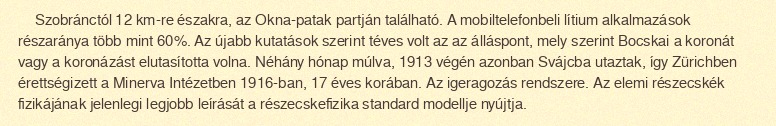
Szobránctól 12 km-re északra, az Okna-patak partján található. A mobiltelefonbeli lítium alkalmazások részaránya több mint 60%. Az újabb kutatások szerint téves volt az az álláspont, mely szerint Bocskai a koronát vagy a koronázást elutasította volna. Néhány hónap múlva, 1913 végén azonban Svájcba utaztak, így Zürichben érettségizett a Minerva Intézetben 1916-ban, 17 éves korában. Az igeragozás rendszere. Az elemi részecskék fizikájának jelenlegi legjobb leírását a részecskefizika standard modellje nyújtja.